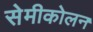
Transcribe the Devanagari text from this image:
सेमीकोलन